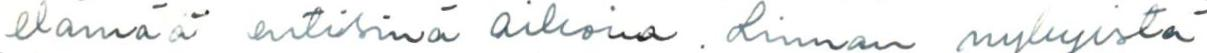
elämää entisinä aikoina. Linnan nykyistä